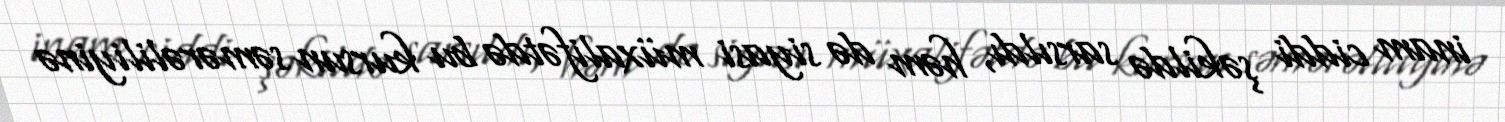
inam ciddi şəkildə sarsıldı, həm də siyasi müxalifətdə bu kursun səmərəliliyinə